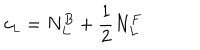
LaTeX: c _ { \small L } = N _ { L } ^ { B } + \frac { 1 } { 2 } N _ { L } ^ { F }